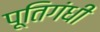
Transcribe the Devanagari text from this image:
पूतिगंधी